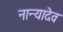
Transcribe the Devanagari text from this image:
नान्यादेव